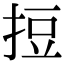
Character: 𢭃